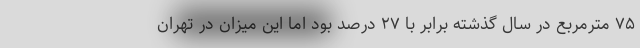
۷۵ مترمربع در سال گذشته برابر با ۲۷ درصد بود اما این میزان در تهران